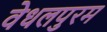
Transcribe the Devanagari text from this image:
वेधलपुरम